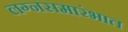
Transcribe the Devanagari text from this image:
लग्नसमारंभात